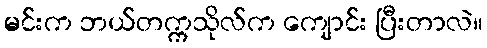
မင်းက ဘယ်တက္ကသိုလ်က ကျောင်း ပြီးတာလဲ။